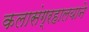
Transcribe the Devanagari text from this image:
कलासंग्रहालयाने